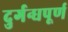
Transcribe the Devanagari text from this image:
दुर्गन्धपूर्ण